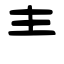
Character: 龶